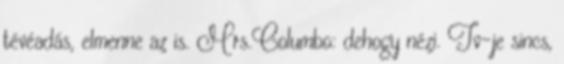
tévéadás, elmenne az is. Mrs.Columbo: dehogy nézi. Tv-je sincs,